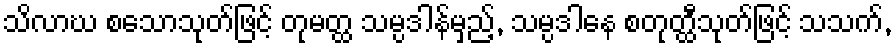
သိလာဃ စသောသုတ်ဖြင့် တုမတ္ထ သမ္ပဒါန်မှည့်, သမ္ပဒါနေ စတုတ္ထီသုတ်ဖြင့် သသက်,